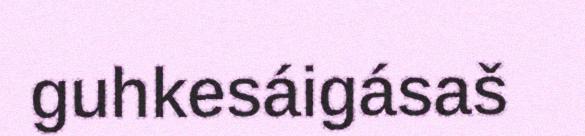
guhkesáigásaš